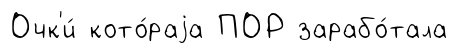
Очк'и́ кото́раjа ПОР зарабо́тала